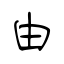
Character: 由